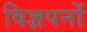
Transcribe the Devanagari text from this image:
विज्ञपनों